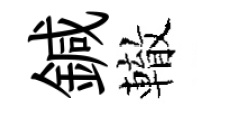
鍼轍